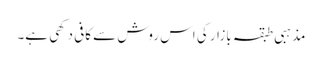
مذہبی طبقہ بازار کی اس روش سے کافی دکھی ہے۔